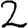
Digit: 2